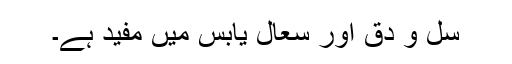
سل و دِق اور سعال یابس میں مفید ہے۔